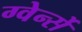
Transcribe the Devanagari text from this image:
ग्वेर्न्से